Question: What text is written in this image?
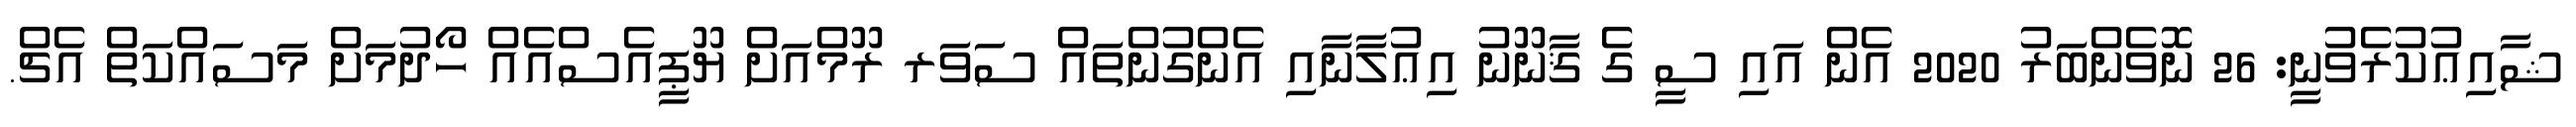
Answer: ޝާއިޢުކުރެވުނީ: 26 ނޮވެންބަރު 2020 އެން އައި ސީ ގެ ޤާނޫނު އިޢުލާނާއި އެންގުންތައް ސަވަރ ރޫމްއަށް ޔޫޕީއެސްއެއް ހޯދުމަށް މަސައްކަތް އެޗް.